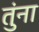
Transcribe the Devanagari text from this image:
तुंना